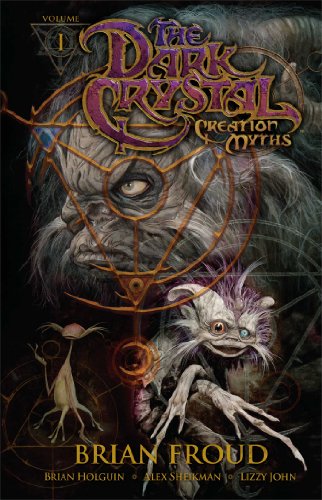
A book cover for The Dark Crystal: Creation Myths, Vol. 1; Jim Hensen; Teen & Young Adult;